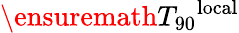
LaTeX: \ensuremath{T_{\mathrm{90}}}^{\mathrm{local}}